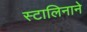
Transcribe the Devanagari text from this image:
स्टालिनाने